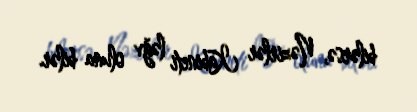
bilərsə, Nəzirlər Kabineti ləğv oluna bilər.